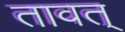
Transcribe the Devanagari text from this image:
तावत्